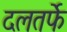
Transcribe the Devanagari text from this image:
दलतर्फे